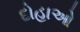
દોહાઓ